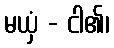
မယှံ - ငါ၏၊